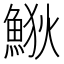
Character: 𩷎